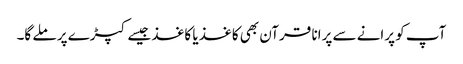
آپ کو پرانے سے پرانا قرآن بھی کاغذ یا کاغذ جیسے کپڑے پر ملے گا۔